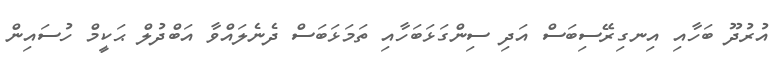
އުރުދޫ ބަހާއި އިނގިރޭސިބަސް އަދި ސިންގަޅަބަހާއި ތަމަޅަބަސް ދެނެލައްވާ އަބްދުލް ޙަކީމް ހުސައިން